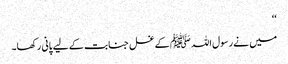
‘‘
میں نے رسول اللہ ﷺ کے غسل جنابت کے لیے پانی رکھا۔